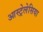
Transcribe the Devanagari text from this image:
आस्ट्रेलेसिया